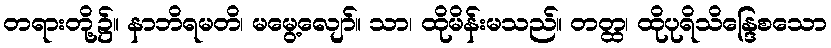
တရားတို့၌။ နာဘိရမတိ၊ မမွေ့လျော်။ သာ၊ ထိုမိန်းမသည်။ တတ္ထ၊ ထိုပုရိသိန္ဒြေစသော